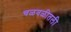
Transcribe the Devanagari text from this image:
चळवळीतली